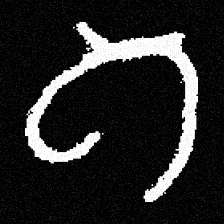
Pyu character \u2014 Myanmar letter: ဂ (romanized: ga)